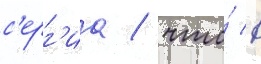
с'ерг'иа / что́ в